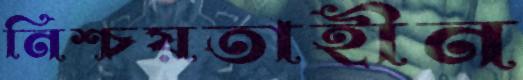
নিশ্চয়তাহীন